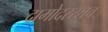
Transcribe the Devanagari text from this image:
दामोदरस्तव